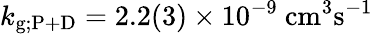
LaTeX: k_{\mathrm{g;P+D}}=2.2(3)\times 10^{-9}~\mathrm{cm^{3}s^{-1}}